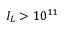
I _ { L } > 1 0 ^ { 1 1 }